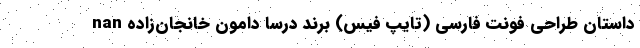
nan داستان طراحی فونت فارسی (تایپ فیس) برند درسا دامون خانجان‌زاده